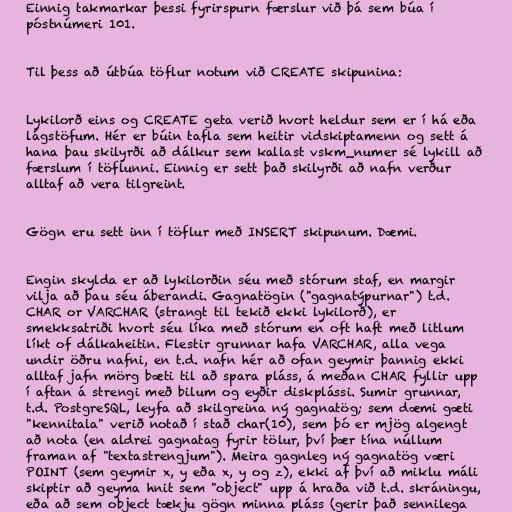
Einnig takmarkar þessi fyrirspurn færslur við þá sem búa í
póstnúmeri 101.

Til þess að útbúa töflur notum við CREATE skipunina:

Lykilorð eins og CREATE geta verið hvort heldur sem er í há eða
lágstöfum. Hér er búin tafla sem heitir vidskiptamenn og sett á
hana þau skilyrði að dálkur sem kallast vskm_numer sé lykill að
færslum í töflunni. Einnig er sett það skilyrði að nafn verður
alltaf að vera tilgreint.

Gögn eru sett inn í töflur með INSERT skipunum. Dæmi.

Engin skylda er að lykilorðin séu með stórum staf, en margir
vilja að þau séu áberandi. Gagnatögin ("gagnatýpurnar") t.d.
CHAR or VARCHAR (strangt til tekið ekki lykilorð), er
smekksatriði hvort séu líka með stórum en oft haft með litlum
líkt of dálkaheitin. Flestir grunnar hafa VARCHAR, alla vega
undir öðru nafni, en t.d. nafn hér að ofan geymir þannig ekki
alltaf jafn mörg bæti til að spara pláss, á meðan CHAR fyllir upp
í aftan á strengi með bilum og eyðir diskplássi. Sumir grunnar,
t.d. PostgreSQL, leyfa að skilgreina ný gagnatög; sem dæmi gæti
"kennitala" verið notað í stað char(10), sem þó er mjög algengt
að nota (en aldrei gagnatag fyrir tölur, því þær tína núllum
framan af "textastrengjum"). Meira gagnleg ný gagnatög væri
POINT (sem geymir x, y eða x, y og z), ekki af því að miklu máli
skiptir að geyma hnit sem "object" upp á hraða við t.d. skráningu,
eða að sem object tækju gögn minna pláss (gerir það sennilega